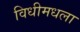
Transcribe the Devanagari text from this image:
विधीमधला